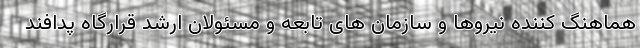
هماهنگ کننده نیروها و سازمان های تابعه و مسئولان ارشد قرارگاه پدافند